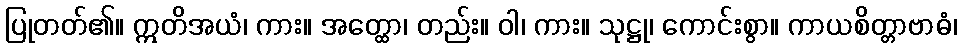
ပြုတတ်၏။ ဣတိအယံ၊ ကား။ အတ္ထော၊ တည်း။ ဝါ၊ ကား။ သုဋ္ဌု၊ ကောင်းစွာ။ ကာယစိတ္တာဗာဓံ၊